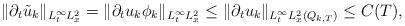
LaTeX: \begin{align*}\|\partial_t\tilde{u}_k\|_{L^\infty_tL^2_x}=\|\partial_tu_k\phi_k\|_{L^\infty_tL^2_x}\leq\|\partial_t u_k\|_{L^\infty_tL^2_x(Q_{k,T})}\leq C(T),\end{align*}